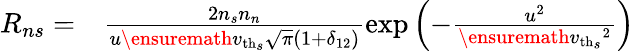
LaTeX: \begin{array}{rl}{R_{ns}=}&{{}\frac{2n_{s}n_{n}}{u\ensuremath{v_{\mathrm{th}_{s}}}\sqrt{\pi}(1+\delta_{12})}\exp\left(-\frac{u^{2}}{\ensuremath{v_{\mathrm{th}_{s}}}^{2}}\right)}\end{array}